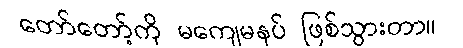
တော်တော့်ကို မကျေမနပ် ဖြစ်သွားတာ။